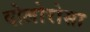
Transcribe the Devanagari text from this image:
दोलोरोसा